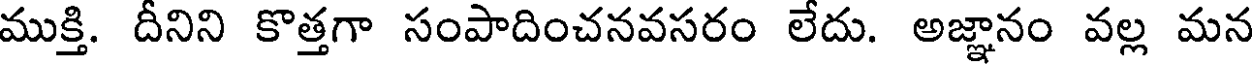
ముక్తి. దీనిని కొత్తగా సంపాదించనవసరం లేదు. అజ్ఞానం వల్ల మన